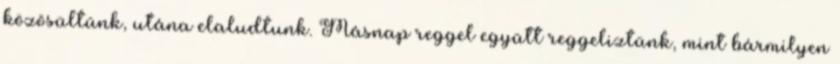
közösültünk, utána elaludtunk. Másnap reggel együtt reggeliztünk, mint bármilyen